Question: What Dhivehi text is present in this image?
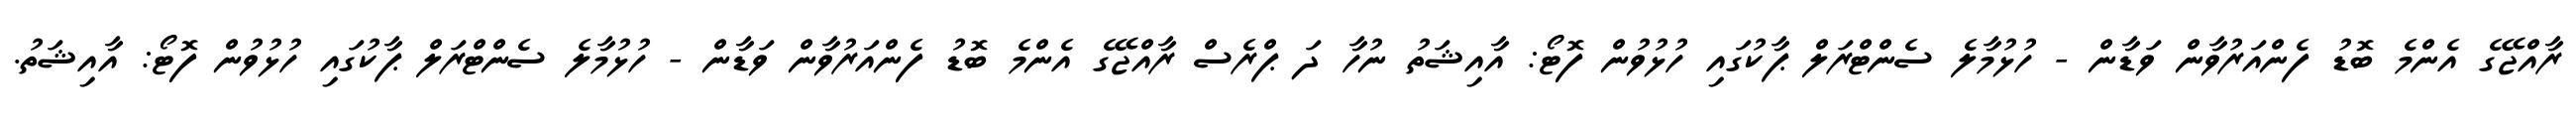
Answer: ރާއްޖޭގެ އެންމެ ބޮޑު ފެންއަރުވާން ވަޑާން - ހުޅުމާލެ ސެންޓްރަލް ޕާކުގައި ހުޅުވުން ފޮޓޯ: އާއިޝަތު ނުހާ ދަ ޕްރެސް ރާއްޖޭގެ އެންމެ ބޮޑު ފެންއަރުވާން ވަޑާން - ހުޅުމާލެ ސެންޓްރަލް ޕާކުގައި ހުޅުވުން ފޮޓޯ: އާއިޝަތު.